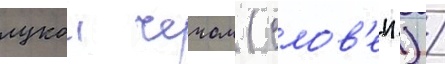
лукои чечом (слов'ен.) /